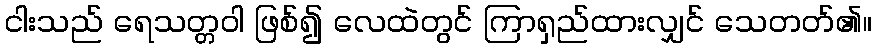
ငါးသည် ရေသတ္တဝါ ဖြစ်၍ လေထဲတွင် ကြာရှည်ထားလျှင် သေတတ်၏။